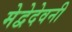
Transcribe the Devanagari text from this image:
मेद्वेदेवनी